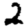
Digit: 2